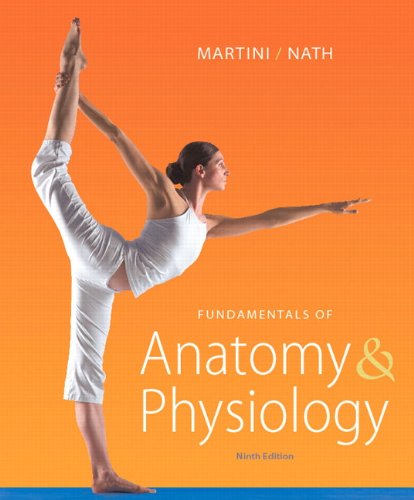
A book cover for Fundamentals of Anatomy & Physiology (9th Edition); Frederic H. Martini; Medical Books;